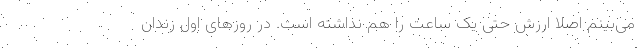
می‌بینم اصلا ارزش حتی یک ساعت را هم نداشته است. در روزهای اول زندان